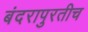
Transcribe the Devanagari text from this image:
बंदरापुरतीच